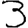
Digit: 3